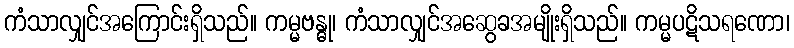
ကံသာလျှင်အကြောင်းရှိသည်။ ကမ္မဗန္ဓု၊ ကံသာလျှင်အဆွေခအမျိုးရှိသည်။ ကမ္မပဋိသရဏော၊